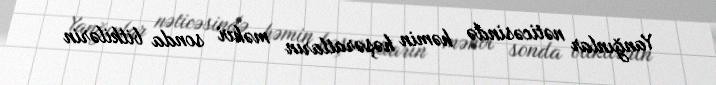
Yanğınlar nəticəsində həmin həşəratların məhvi sonda bitkilərin